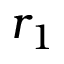
r _ { 1 }